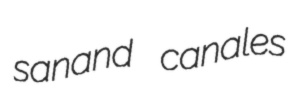
sanand canales